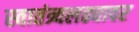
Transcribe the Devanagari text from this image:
स्वातंत्र्यलढ्यावर